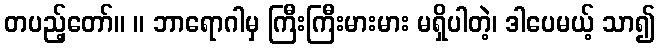
တပည့်တော်။ ။ ဘာရောဂါမှ ကြီးကြီးမားမား မရှိပါတဲ့၊ ဒါပေမယ့် သာ၍